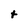
Character: t